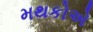
મથકોએ